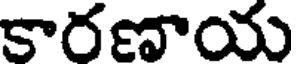
కారణాయ